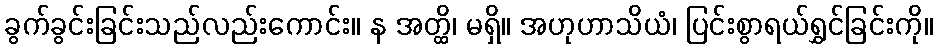
ခွက်ခွင်းခြင်းသည်လည်းကောင်း။ န အတ္ထိ၊ မရှိ။ အဟုဟာသိယံ၊ ပြင်းစွာရယ်ရွှင်ခြင်းကို။